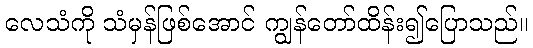
လေသံကို သံမှန်ဖြစ်အောင် ကျွန်တော်ထိန်း၍ပြောသည်။